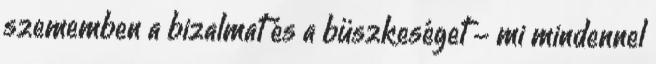
szememben a bizalmat és a büszkeséget - mi mindennel